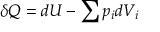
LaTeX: \delta Q = d U - \sum p _ { i } d V _ { i }